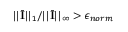
| | \bar { \mathbf { I } } | | _ { 1 } / | | \bar { \mathbf { I } } | | _ { \infty } > \epsilon _ { n o r m }